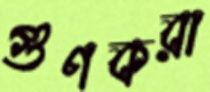
গুণকরা